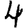
Digit: 4